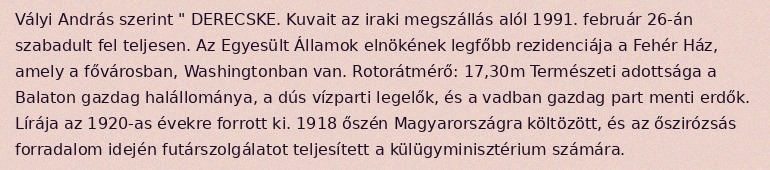
Vályi András szerint " DERECSKE. Kuvait az iraki megszállás alól 1991. február 26-án szabadult fel teljesen. Az Egyesült Államok elnökének legfőbb rezidenciája a Fehér Ház, amely a fővárosban, Washingtonban van. Rotorátmérő: 17,30m Természeti adottsága a Balaton gazdag halállománya, a dús vízparti legelők, és a vadban gazdag part menti erdők. Lírája az 1920-as évekre forrott ki. 1918 őszén Magyarországra költözött, és az őszirózsás forradalom idején futárszolgálatot teljesített a külügyminisztérium számára.